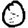
Digit: 0